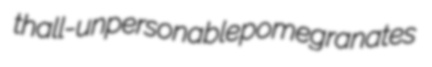
thall- unpersonable pomegranates